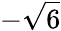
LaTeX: -\sqrt{6}